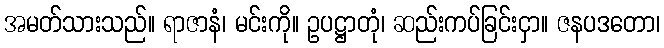
အမတ်သားသည်။ ရာဇာနံ၊ မင်းကို။ ဥပဋ္ဌာတုံ၊ ဆည်းကပ်ခြင်းငှာ။ ဇနပဒတော၊